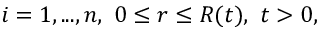
i = 1 , . . . , n , \ 0 \leq r \leq R ( t ) , \ t > 0 ,